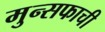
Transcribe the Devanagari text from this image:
मुन्सफाची